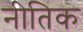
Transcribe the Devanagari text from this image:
नीतिक